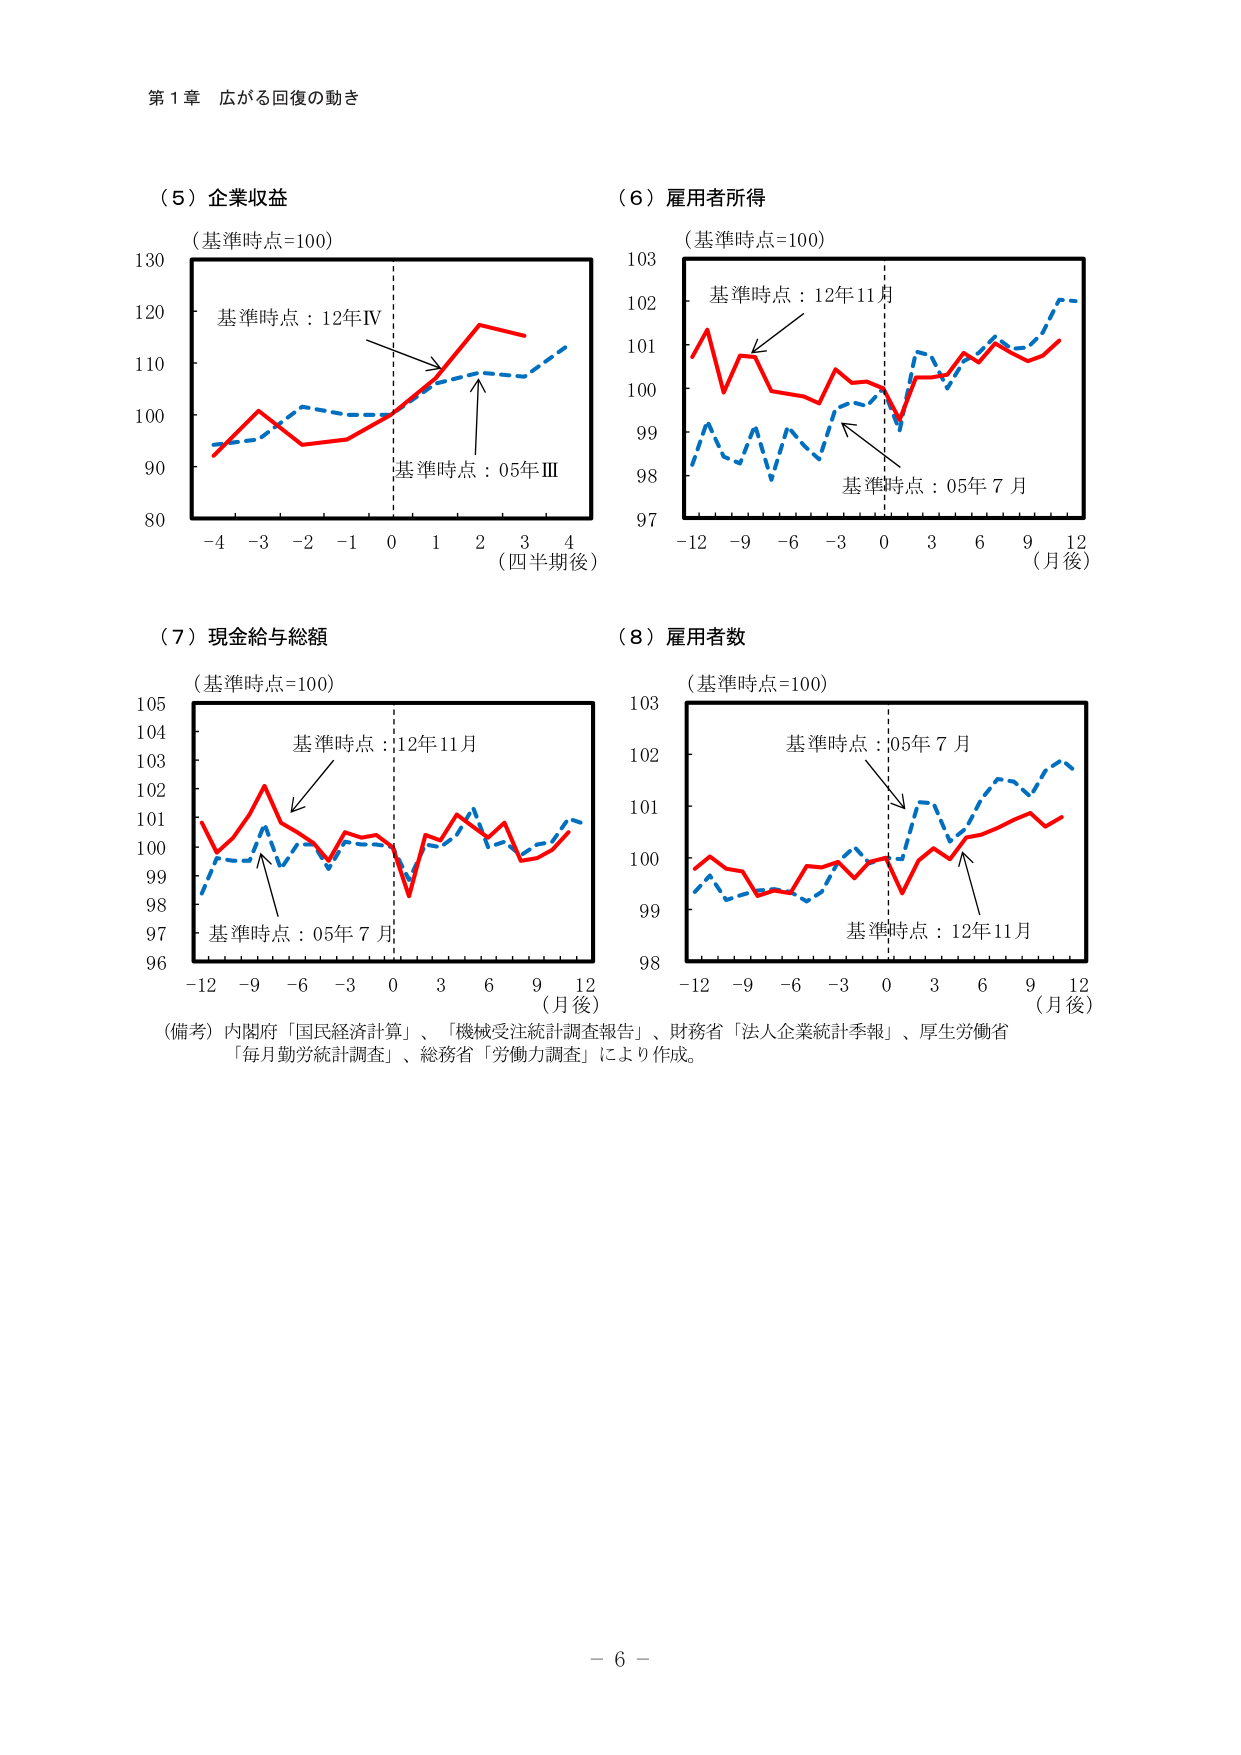
第１章 広がる回復の動き

（５）企業収益
（基準時点=100）
基準時点：12年Ⅳ
基準時点：05年Ⅲ
（四半期後）

（６）雇用者所得
（基準時点=100）
基準時点：12年11月
基準時点：05年７月
（月後）

（７）現金給与総額
（基準時点=100）
基準時点：12年11月
基準時点：05年７月
（月後）

（８）雇用者数
（基準時点=100）
基準時点：05年７月
基準時点：12年11月
（月後）

（備考）内閣府「国民経済計算」、「機械受注統計調査報告」、財務省「法人企業統計季報」、厚生労働省「毎月勤労統計調査」、総務省「労働力調査」により作成。

－６－